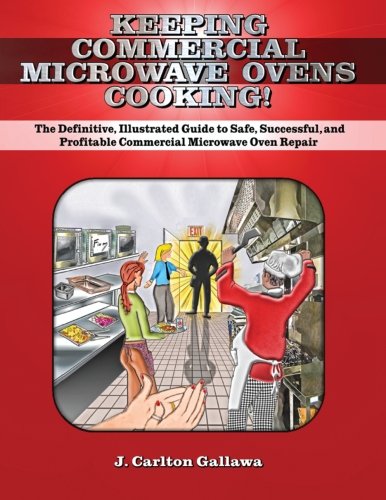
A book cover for Keeping Commercial Microwave Ovens Cooking!: The Definitive, Illustrated Guide to Safe, Successful, and Profitable Commercial Microwave Oven Repair; J.Carlton Gallawa; Education & Teaching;